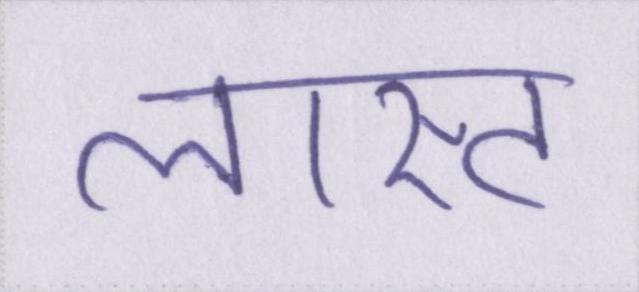
लास्ट